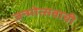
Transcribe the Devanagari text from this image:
जन्मोत्सवाची